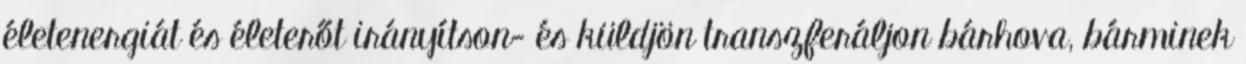
életenergiát és életerőt irányítson- és küldjön transzferáljon bárhova, bárminek